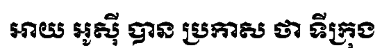
អាយ អូស៊ី បាន ប្រកាស ថា ទីក្រុង